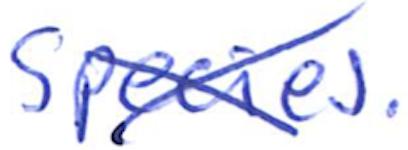
Text: species.
Cross-out: cross
Writing tool: ballpoint